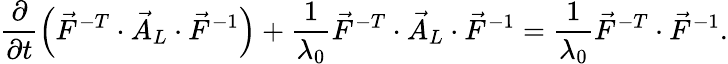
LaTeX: \frac{\partial}{\partial t}\left(\vec{F}^{-T}\cdot\vec{A}_{L}\cdot\vec{F}^{-1}\right)+\frac{1}{\lambda_{0}}\vec{F}^{-T}\cdot\vec{A}_{L}\cdot\vec{F}^{-1}=\frac{1}{\lambda_{0}}\vec{F}^{-T}\cdot\vec{F}^{-1}.